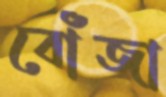
বোঁজা